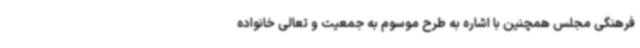
فرهنگی مجلس همچنین با اشاره به طرح موسوم به جمعیت و تعالی خانواده